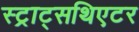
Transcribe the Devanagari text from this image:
स्ट्राट्सथिएटर